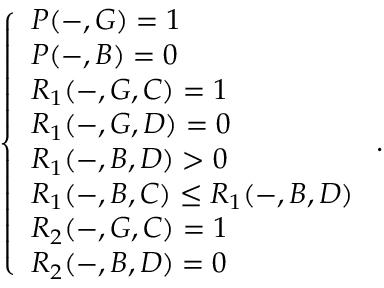
\left\{ \begin{array} { l l } { P ( - , G ) = 1 } \\ { P ( - , B ) = 0 } \\ { R _ { 1 } ( - , G , C ) = 1 } \\ { R _ { 1 } ( - , G , D ) = 0 } \\ { R _ { 1 } ( - , B , D ) > 0 } \\ { R _ { 1 } ( - , B , C ) \leq R _ { 1 } ( - , B , D ) } \\ { R _ { 2 } ( - , G , C ) = 1 } \\ { R _ { 2 } ( - , B , D ) = 0 } \end{array} \right. .